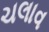
ચલાવ